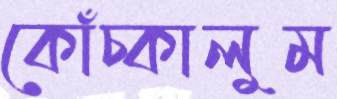
কোঁচ্‌কালুম